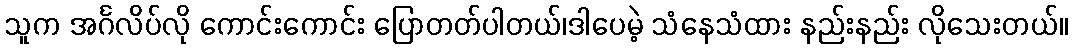
သူက အင်္ဂလိပ်လို ကောင်းကောင်း ပြောတတ်ပါတယ်၊ဒါပေမဲ့ သံနေသံထား နည်းနည်း လိုသေးတယ်။